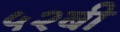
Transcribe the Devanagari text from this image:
५२बी